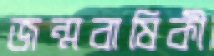
জন্মবাষিকী